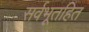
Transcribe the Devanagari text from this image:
सर्वभूतहित